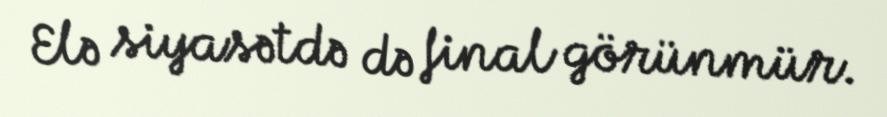
Elə siyasətdə də final görünmür.